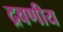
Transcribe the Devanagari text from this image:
द्रवणीय